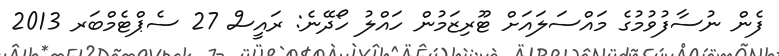
ފެން ނުސާފުވުމުގެ މައްސަލައަށް ޓޫރިޒަމުން ހައްލު ހޯދޭނެ: ރައީސް 27 ސެޕްޓެމްބަރ 2013